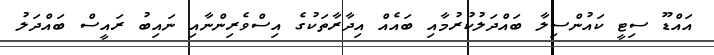
އައްޑޫ ސިޓީ ކައުންސިލާ ބައްދަލުކުރުމާއި ބައެއް އިދާރާތަކުގެ އިސްވެރިންނާއި ނައިބު ރައީސް ބައްދަލު